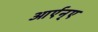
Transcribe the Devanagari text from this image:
आर्एन्ए